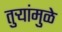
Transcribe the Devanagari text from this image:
तुऱ्यांमुळे